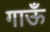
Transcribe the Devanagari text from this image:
गाऊँ